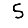
Digit: 5